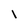
Character: 1